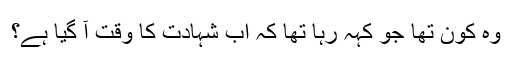
وہ کون تھا جو کہہ رہا تھا کہ اب شہادت کا وقت آ گیا ہے؟